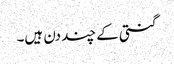
گنتی کے چند دن ہیں۔